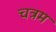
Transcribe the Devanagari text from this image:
चत्रम